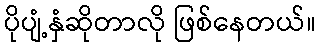
ပိုပျံ့နှံဆိုတာလို ဖြစ်နေတယ်။